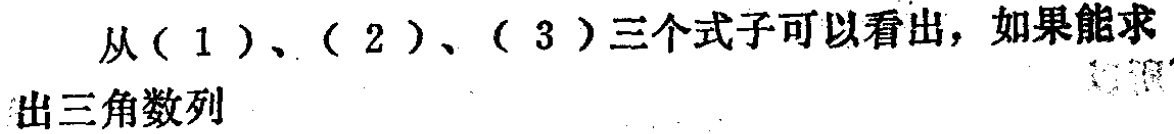
从(1)、(2)、(3)三个式子可以看出，如果能求出三角数列